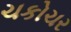
ચકોચર